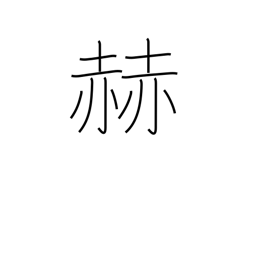
Meaning: brighten